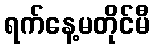
ရက်နေ့မတိုင်မီ